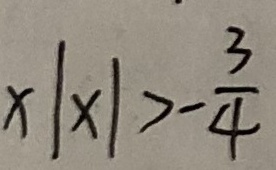
x \vert x \vert > - \frac { 3 } { 4 }